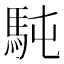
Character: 𩢀